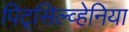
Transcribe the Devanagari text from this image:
पिट्‌सिल्व्हेनिया